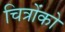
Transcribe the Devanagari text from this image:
चित्रोंको